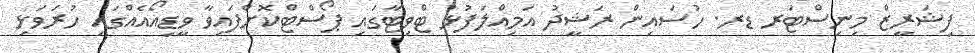
ފިޝަރީޒް މިނިސްޓަރ ޑރ. ހުސައިން ރަޝީދު އަމިއްލަފުޅު ޓްވިޓާގައި ޕޯސްޓްކޮށްފައިވާ ވީޑިއޯއެއްގައި ހުރަވަޅި